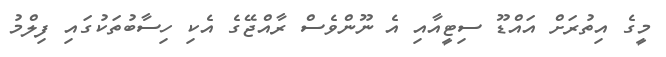
މީގެ އިތުރަށް އައްޑޫ ސިޓީއާއި އެ ނޫންވެސް ރާއްޖޭގެ އެކި ހިސާބުތަކުގައި ފިލްމު